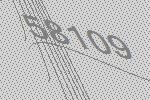
58109